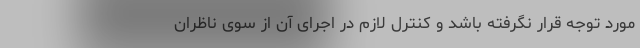
مورد توجه قرار نگرفته باشد و کنترل لازم در اجرای آن از سوی ناظران